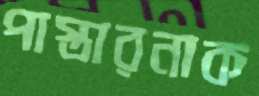
পাস্তারনাক